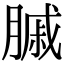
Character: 𦟠